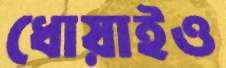
ধোয়াইও